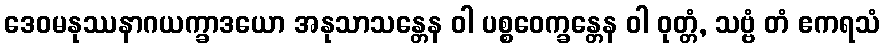
ဒေဝမနုဿနာဂယက္ခာဒယော အနုသာသန္တေန ဝါ ပစ္စဝေက္ခန္တေန ဝါ ဝုတ္တံ, သဗ္ဗံ တံ ဧကရသံ